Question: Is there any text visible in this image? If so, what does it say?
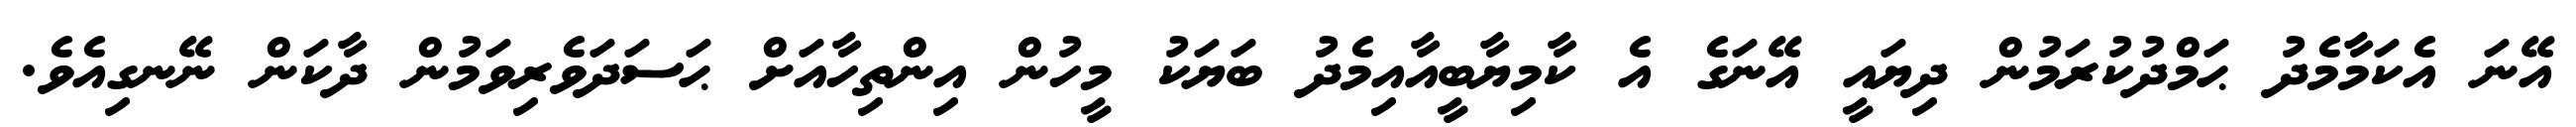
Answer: އޭނަ އެކަމާމެދު ޙަމްދުކުރަމުން ދިޔައީ އޭނަގެ އެ ކާމިޔާބީއާއިމެދު ބަޔަކު މީހުން އިންތިހާއަށް ޙަސަދަވެރިވަމުން ދާކަން ނޭނގިއެވެ.